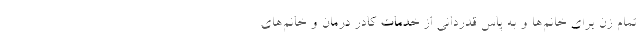
تمام زن برای خانم‌ها و به پاس قدردانی از خدمات کادر درمان و خانم‌های